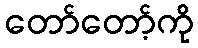
တော်တော့်ကို